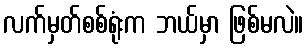
လက်မှတ်စစ်ရုံးက ဘယ်မှာ ဖြစ်မလဲ။